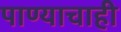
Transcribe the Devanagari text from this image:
पाण्‍याचाही